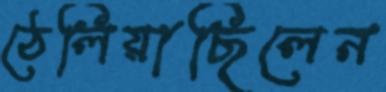
ঠেলিয়াছিলেন